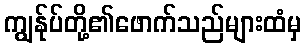
ကျွန်ုပ်တို့၏ဖောက်သည်များထံမှ